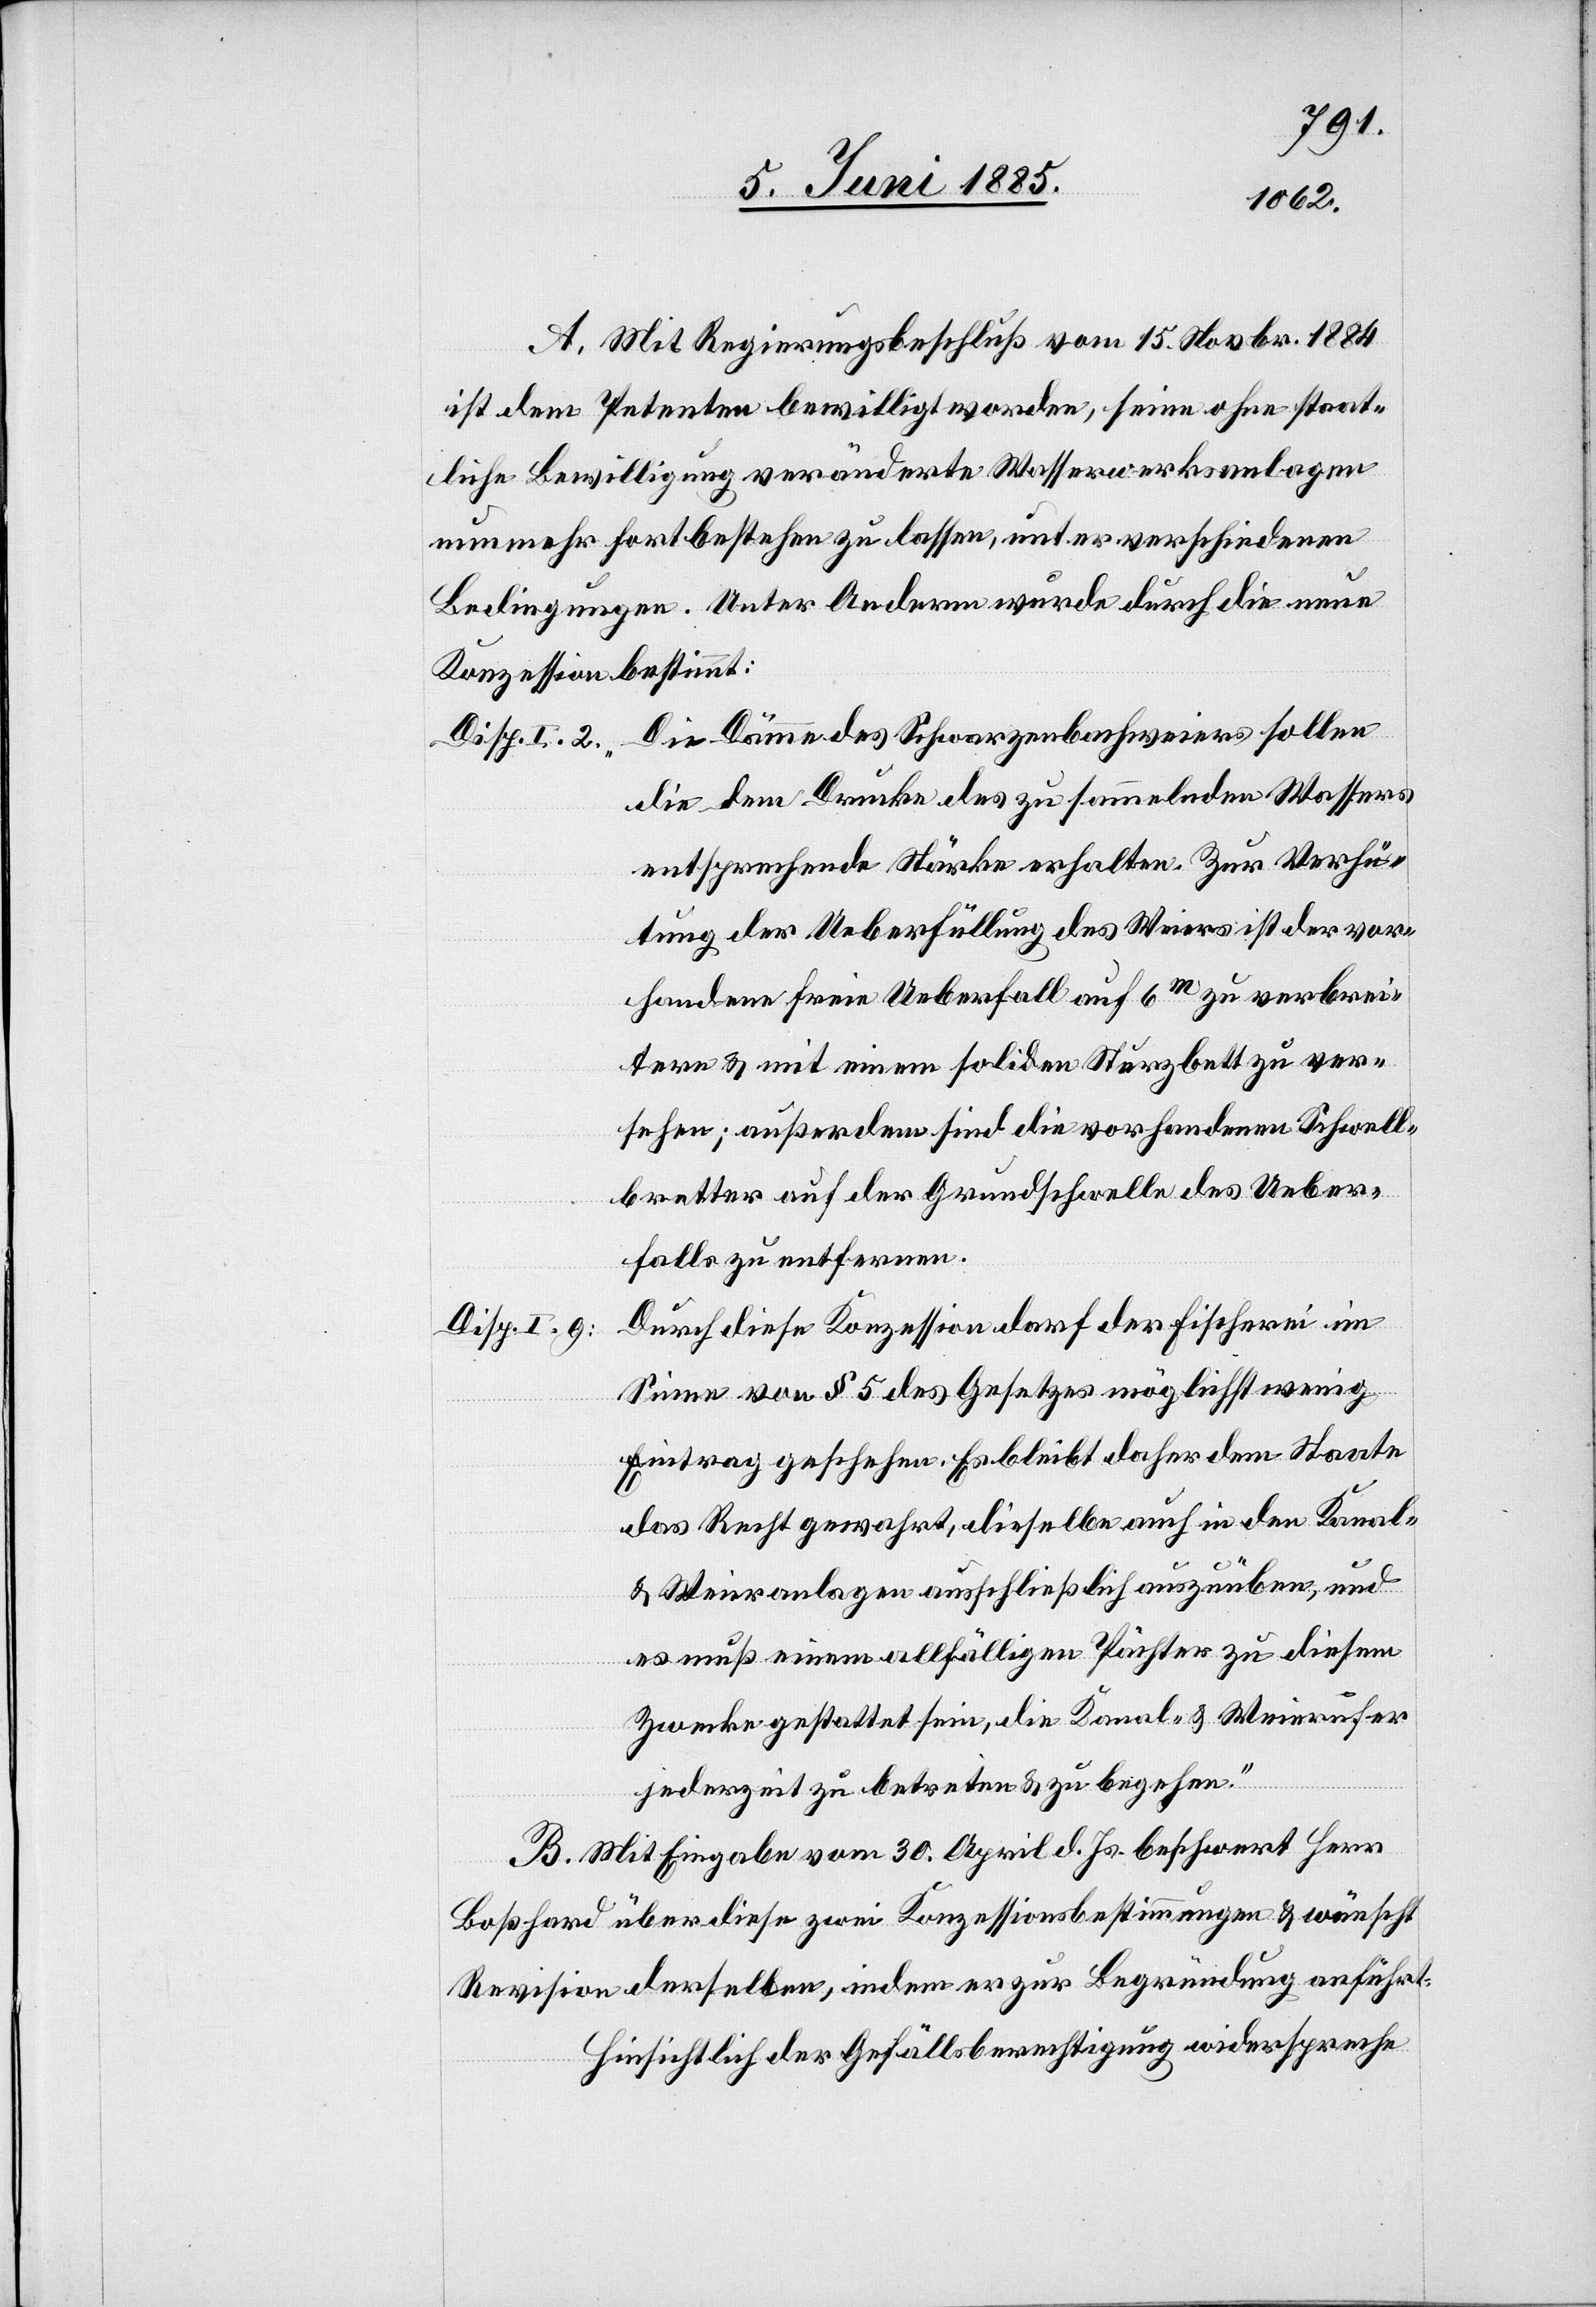
A. Mit Regierungsbeschluß vom 15. Novbr. 1884
ist dem Petenten bewilligt worden, seine ohne staat¬
liche Bewilligung veränderte Wasserwerksanlagen
nunmehr Fortbestehen zu lassen, unter verschiedenen
Bedingungen. Unter Anderm wurde durch die neue
Konzession bestimmt:
Disp. I. 2: Die Dämme des Schwarzenbachweiers sollen
die dem Drucke des zu sammelnden Wassers
entsprechende Stärke erhalten. Zur Verhü¬
tung der Ueberfüllung des Weiers ist der vor¬
handene freie Ueberfall auf 6 m zu verbrei¬
tern & mit einem soliden Sturzbett zu ver¬
sehen; außerdem sind die vorhandenen Schwell¬
bretter auf der Grundschwelle des Ueber¬
falls zu entfernen.
Durch diese Konzession darf der Fischerei im
Disp. I. 9:
Sinne von § 5 des Gesetzes möglichst wenig
Eintrag geschehen. Es bleibt daher dem Staate
das Recht gewahrt, dieselbe auch in den Kanal-
& Weieranlagen ausschließlich auszuüben, und
es muß einem allfälligen Pächter zu diesem
Zwecke gestattet sein, die Kanal- & Weierufer
jederzeit zu betreten & zu begehen.“
B. Mit Eingabe vom 30. April d. Js. beschwert [sich]
Boßhard über diese eine Konzessionsbestimmungen & wünscht
Revision derselben, indem er zur Begründung anführt:
Hinsichtlich der Gefällsberechtigung widerspreche